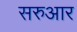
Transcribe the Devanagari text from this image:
सरुआर